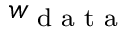
w _ { \textrm { d a t a } }